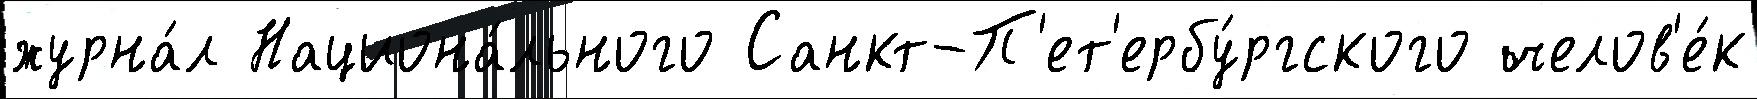
журна́л Национа́льного Санкт-П'ет'ербу́ргского челов'е́к